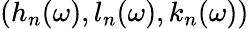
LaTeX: (h_{n}(\omega),l_{n}(\omega),k_{n}(\omega))